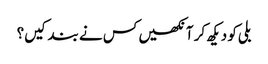
بلی کو دیکھ کر آنکھیں کس نے بند کیں؟